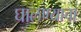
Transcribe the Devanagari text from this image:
घालण्‍याचा